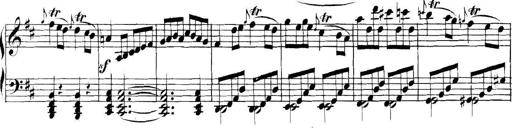
Title: Collected Piano Sonatas
Composer: Muzio Clementi